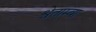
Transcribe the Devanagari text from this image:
श्वेताम्बा